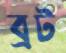
ব্রট